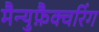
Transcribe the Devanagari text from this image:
मैन्युफ़ैक्चरिंग